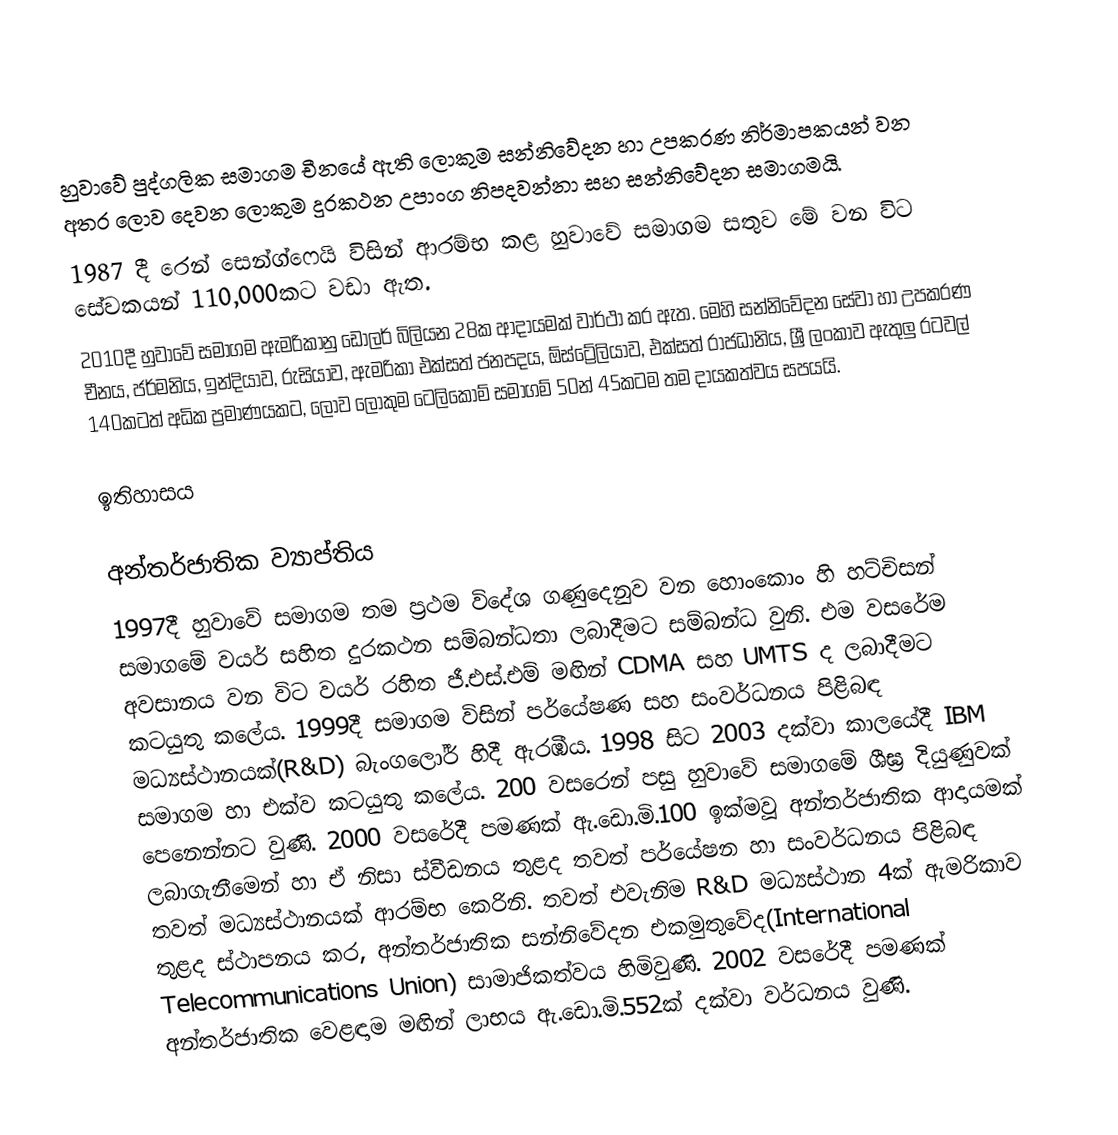
හුවාවේ පුද්ගලික සමාගම චීනයේ ඇති ලොකුම සන්නිවේදන හා උපකරණ නිර්මාපකයන් වන අතර ලොව දෙවන ලොකුම දුරකථන උපාංග නිපදවන්නා සහ සන්නිවේදන සමාගමයි.
1987 දී රෙන් සෙන්ග්ෆෙයි විසින් ආරම්භ කළ හුවාවේ සමාගම සතුව මේ වන විට සේවකයන් 110,000කට වඩා ඇත.
2010දී හුවාවේ සමාගම ඇමරිකානු ඩොලර් බිලියන 28ක ආදායමක් වාර්ථා කර ඇත. මෙහි සන්නිවේදන සේවා හා උපකරණ චීනය, ජර්මනිය, ඉන්දියාව, රුසියාව, ඇමරිකා එක්සත් ජනපදය, ඕස්ට්‍රේලියාව, එක්සත් රාජධානිය, ශ්‍රී ලංකාව ඇතුලු රටවල් 140කටත් අධික ප්‍රමාණයකට, ලොව ලොකුම ටෙලිකොම් සමාගම් 50න් 45කටම තම දායකත්වය සපයයි.

ඉතිහාසය

අන්තර්ජාතික ව්‍යාප්තිය
1997දී හුවාවේ සමාගම තම ප්‍රථම විදේශ ගණුදෙනුව වන හොංකොං හි හට්චිසන් සමාගමේ වයර් සහිත දුරකථන සම්බන්ධතා ලබාදීමට සම්බන්ධ වුනි. එම වසරේම අවසානය වන විට වයර් රහිත ජී.එස්.එම් මඟින් CDMA සහ UMTS ද ලබාදීමට කටයුතු කලේය. 1999දී සමාගම විසින් පර්යේෂණ සහ සංවර්ධනය පිළිබඳ මධ්‍යස්ථානයක්(R&D) බැංගලෝර් හිදී ඇරඹීය. 1998 සිට 2003 දක්වා කාලයේදී IBM සමාගම හා එක්ව කටයුතු කලේය. 200 වසරෙන් පසු හුවාවේ සමාගමේ ශීඝ්‍ර දියුණුවක් පෙනෙන්නට වුණි. 2000 වසරේදී පමණක් ඇ.ඩො.මි.100 ඉක්මවූ අන්තර්ජාතික ආදායමක් ලබාගැනීමෙන් හා ඒ නිසා ස්වීඩනය තුළද තවත් පර්යේෂන හා සංවර්ධනය පිළිබඳ තවත් මධ්‍යස්ථානයක් ආරම්භ කෙරිනි. තවත් එවැනිම R&D මධ්‍යස්ථාන 4ක් ඇමරිකාව තුළද ස්ථාපනය කර, අන්තර්ජාතික සන්නිවේදන එකමුතුවේද(International Telecommunications Union) සාමාජිකත්වය හිමිවුණි. 2002 වසරේදී පමණක් අන්තර්ජාතික වෙළඳාම මඟින් ලාභය ඇ.ඩො.මි.552ක් දක්වා වර්ධනය වුණි.